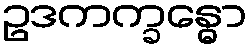
ဥဒကက္ခန္ဓော